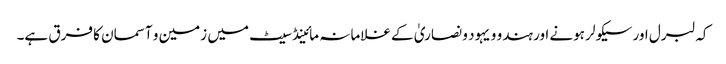
کہ لبرل اور سیکولر ہونے اور ہندو و یہود و نصاریٰ کے غلامانہ مائینڈ سیٹ میں زمین و آسمان کا فرق ہے۔